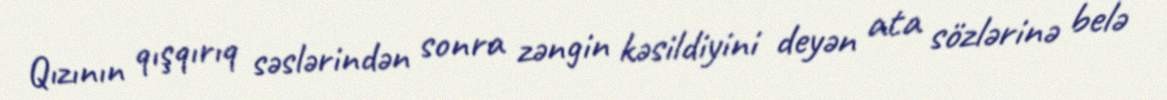
Qızının qışqırıq səslərindən sonra zəngin kəsildiyini deyən ata sözlərinə belə